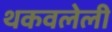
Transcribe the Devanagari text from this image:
थकवलेली